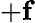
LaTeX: +\mathbf{f}